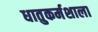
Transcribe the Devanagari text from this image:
धातुकर्मशाला